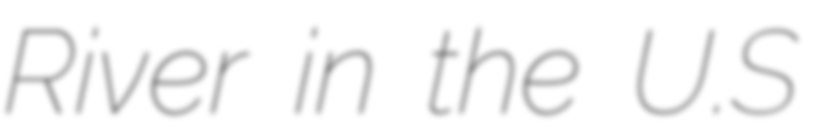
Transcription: River in the U.S